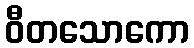
ဝီတသောကော